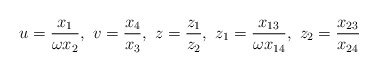
\begin{align*}u=\frac{x_1}{\omega x_2},~ v=\frac{x_4}{x_3},~z=\frac{z_1}{z_2},~z_1=\frac{x_{13}}{\omega x_{14}},~z_2=\frac{x_{23}}{x_{24}}\end{align*}